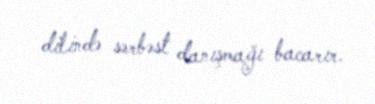
dilində sərbəst danışmağı bacarır.